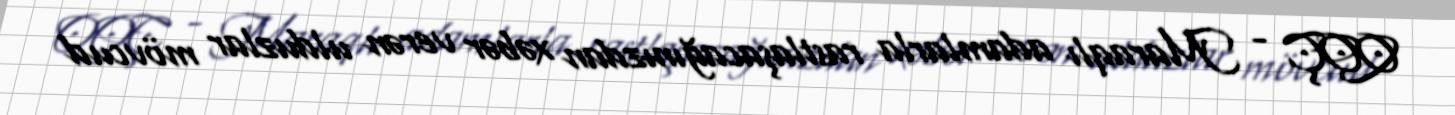
QOÇ - Maraqlı adamlarla rastlaşacağınızdan xəbər verən ulduzlar mövcud